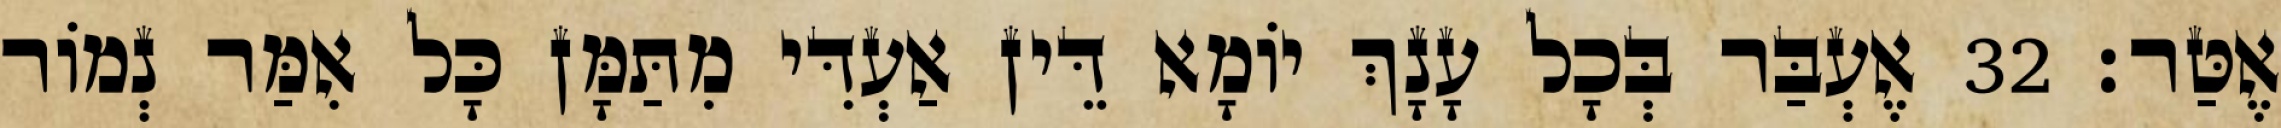
אֶטַּר׃ 32 אֶעְבַּר בְּכָל עָנָךְ יוֹמָא דֵּין אַעְדִּי מִתַּמָּן כָּל אִמַּר נְמוֹר